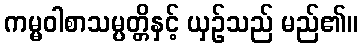
ကမ္မဝါစာသမ္ပတ္တိနှင့် ယှဉ်သည် မည်၏။